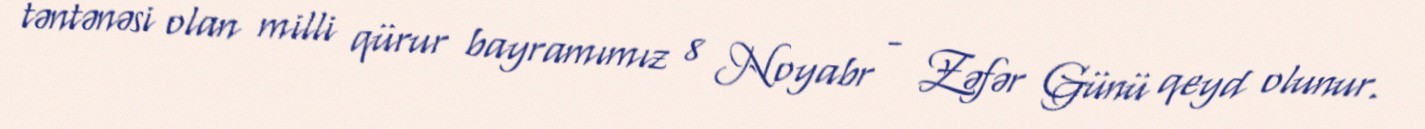
təntənəsi olan milli qürur bayramımız 8 Noyabr - Zəfər Günü qeyd olunur.